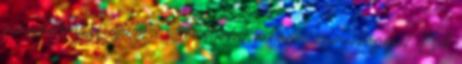
a munkaterületre, elhelyezi ott konténereit, raktárjait és munkagépeit. Ezek